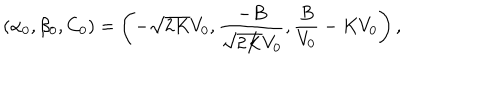
( \alpha _ { 0 } , \beta _ { 0 } , C _ { 0 } ) = \left( - \sqrt { 2 K } V _ { 0 } , \frac { - B } { \sqrt { 2 K } V _ { 0 } } , \frac { B } { V _ { 0 } } - K V _ { 0 } \right) ,